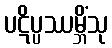
ပဋိပ္ပဿမ္ဘိံသု